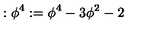
: \phi ^ { 4 } : = \phi ^ { 4 } - 3 \phi ^ { 2 } - 2